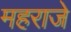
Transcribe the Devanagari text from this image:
महराजे